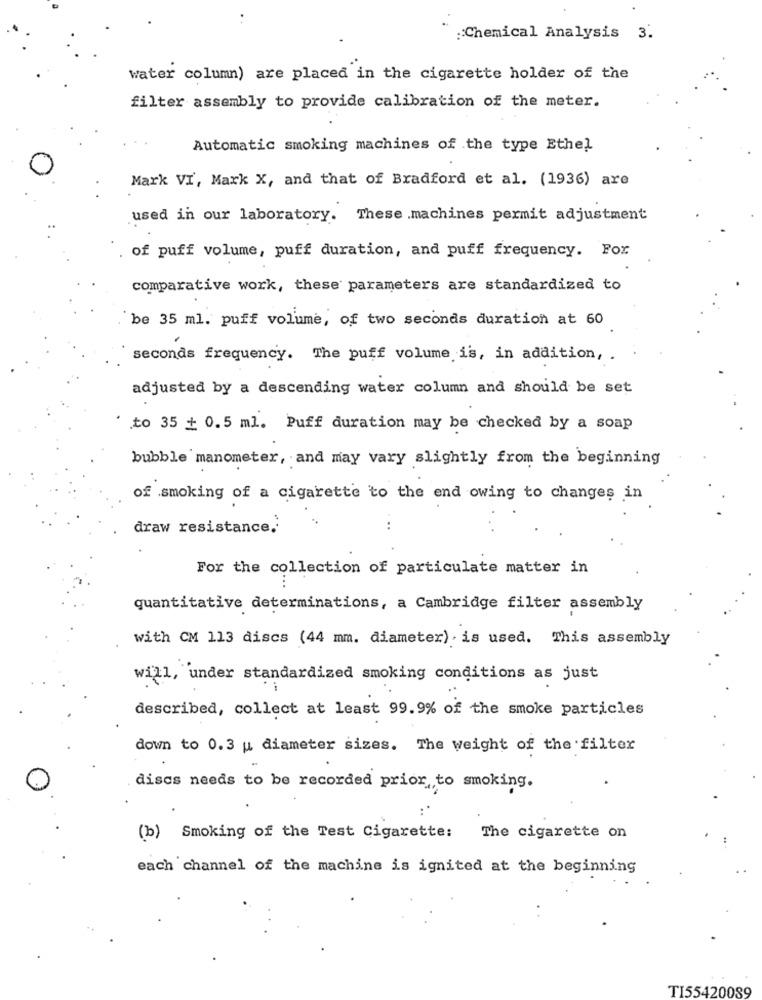
:: Chemical Analysis 3.
water column) are placed in the cigarette holder of the
filter assembly to provide calibration of the meter.
Automatic smoking machines of the type Ethel
Mark VI, Mark X, and that of Bradford et al. (1936) are
used in our laboratory. These .machines permit adjustment
of puff volume, puff duration, and puff frequency. For
comparative work, these parameters are standardized to
be 35 ml. puff volume, of two seconds duration at 60
seconds frequency. The puff volume is, in addition, .
adjusted by a descending water column and should be set
to 35 + 0.5 ml. Puff duration may be checked by a soap
bubble manometer, and may vary slightly from the beginning
of smoking of a cigarette to the end owing to changes in
draw resistance.
For the collection of particulate matter in
quantitative determinations, a Cambridge filter assembly
with CM 113 discs (44 mm. diameter) . is used. This assembly
will, under standardized smoking conditions as just
described, collect at least 99.9% of the smoke particles
down to 0.3 u diameter sizes. The weight of the filter
discs needs to be recorded prior to smoking.
(b) Smoking of the Test Cigarette:
The cigarette on
each channel of the machine is ignited at the beginning
TI55420089